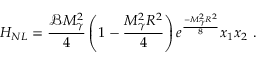
H _ { N L } = \frac { \mathcal { B } M _ { \gamma } ^ { 2 } } { 4 } \left( 1 - \frac { M _ { \gamma } ^ { 2 } R ^ { 2 } } { 4 } \right) e ^ { \frac { - M _ { \gamma } ^ { 2 } R ^ { 2 } } { 8 } } x _ { 1 } x _ { 2 } \ .